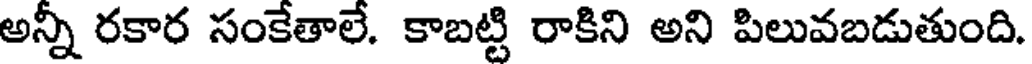
అన్నీ రకార సంకేతాలే. కాబట్టి రాకిని అని పిలువబడుతుంది.